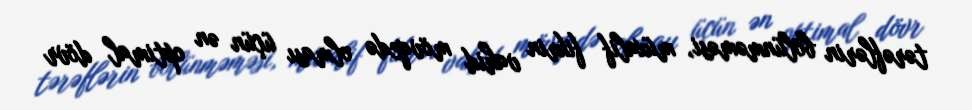
tərəflərin bölünməməsi, müxalif fikrin vahid mövqedə olması üçün ən optimal dövr